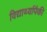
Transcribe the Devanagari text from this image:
विद्यार्थ्यापैकी